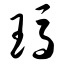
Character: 玛